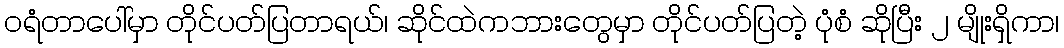
ဝရံတာပေါ်မှာ တိုင်ပတ်ပြတာရယ်၊ ဆိုင်ထဲကဘားတွေမှာ တိုင်ပတ်ပြတဲ့ ပုံစံ ဆိုပြီး ၂ မျိုးရှိကာ၊